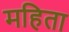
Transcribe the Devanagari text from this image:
महिता